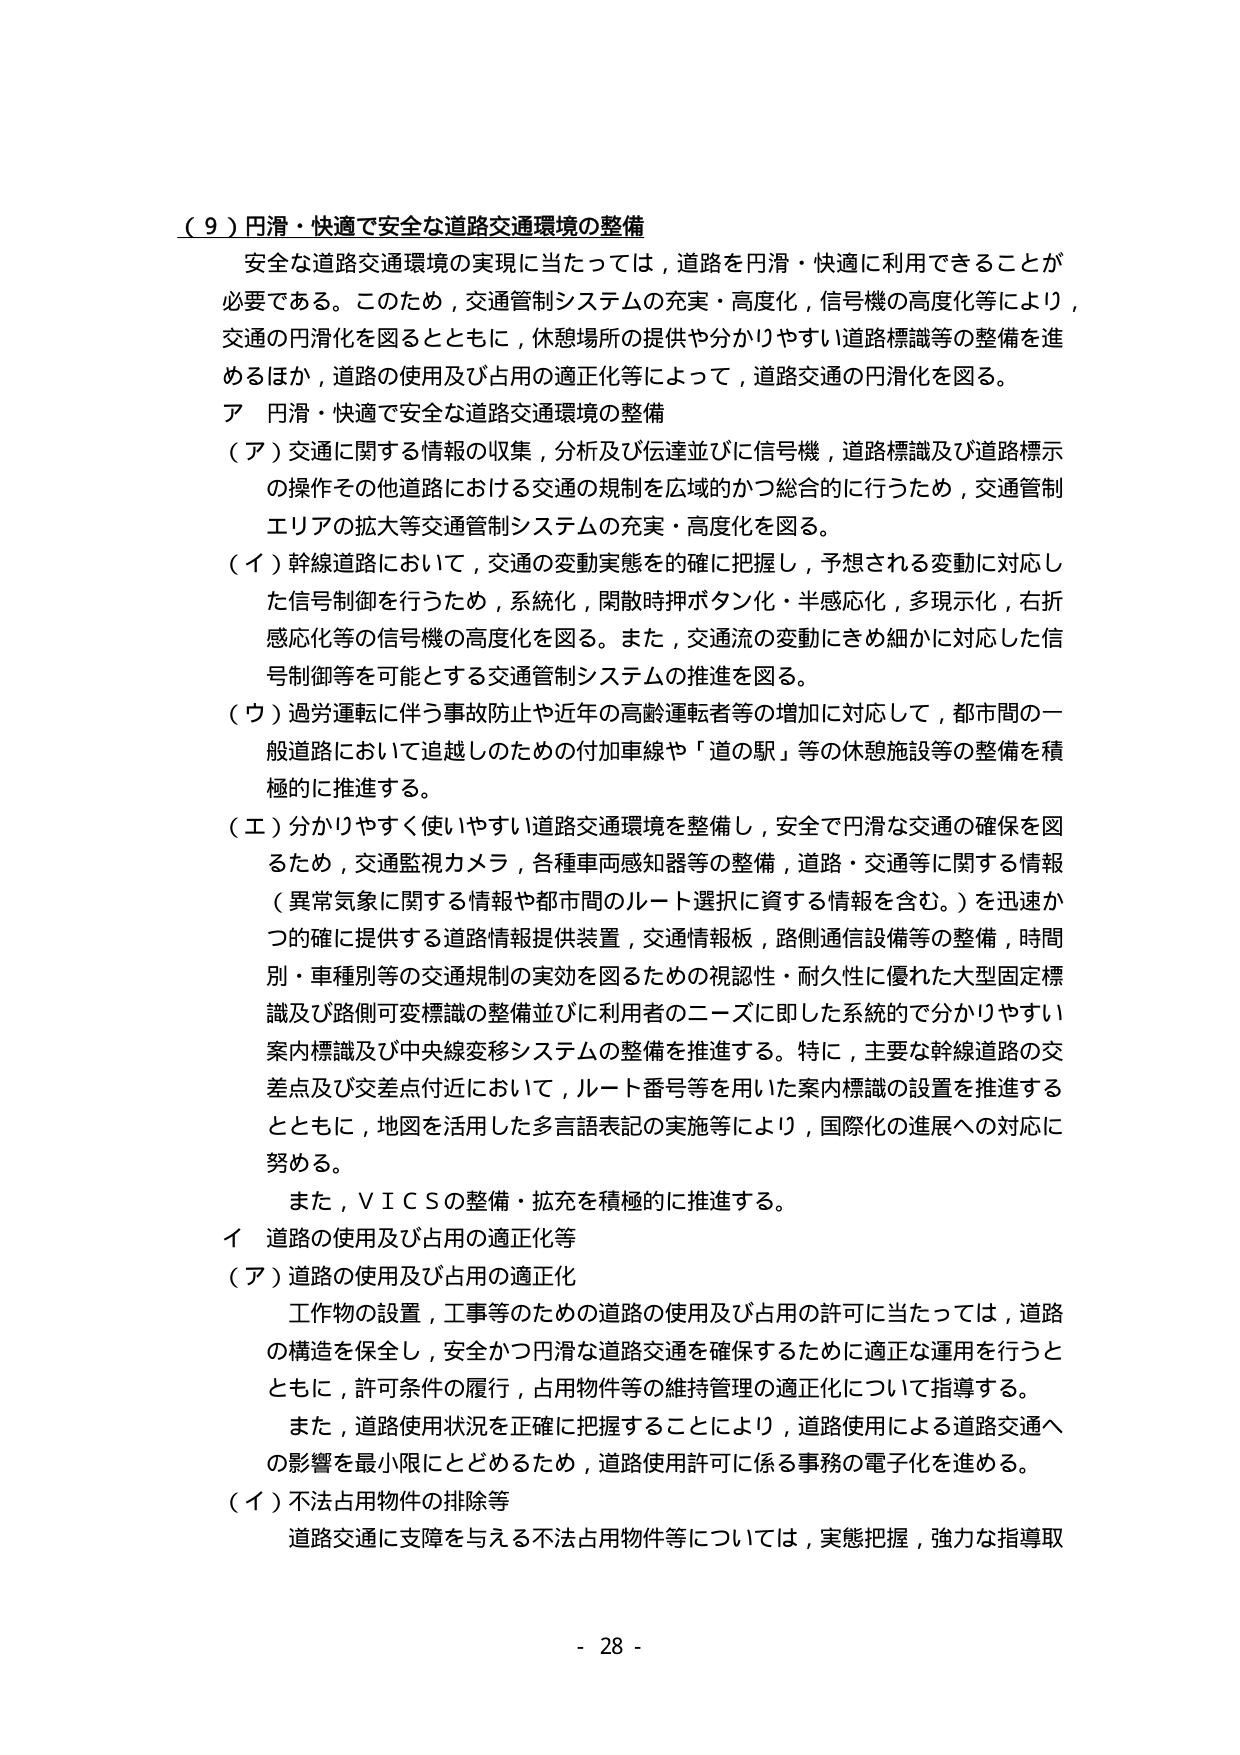
（９）円滑・快適で安全な道路交通環境の整備
安全な道路交通環境の実現に当たっては，道路を円滑・快適に利用できることが必要である。このため，交通管制システムの充実・高度化，信号機の高度化等により，交通の円滑化を図るとともに，休憩場所の提供や分かりやすい道路標識等の整備を進めるほか，道路の使用及び占用の適正化等によって，道路交通の円滑化を図る。
ア 円滑・快適で安全な道路交通環境の整備
（ア）交通に関する情報の収集，分析及び伝達並びに信号機，道路標識及び道路標示の操作その他道路における交通の規制を広域的かつ総合的に行うため，交通管制エリアの拡大等交通管制システムの充実・高度化を図る。
（イ）幹線道路において，交通の変動実態を的確に把握し，予想される変動に対応した信号制御を行うため，系統化，閑散時押ボタン化・半感応化，多現示化，右折感応化等の信号機の高度化を図る。また，交通流の変動にきめ細かに対応した信号制御等を可能とする交通管制システムの推進を図る。
（ウ）過労運転に伴う事故防止や近年の高齢運転者等の増加に対応して，都市間の一般道路において追越しのための付加車線や「道の駅」等の休憩施設等の整備を積極的に推進する。
（エ）分かりやすく使いやすい道路交通環境を整備し，安全で円滑な交通の確保を図るため，交通監視カメラ，各種車両感知器等の整備，道路・交通等に関する情報（異常気象に関する情報や都市間のルート選択に資する情報を含む。）を迅速かつ的確に提供する道路情報提供装置，交通情報板，路側通信設備等の整備，時間別・車種別等の交通規制の実効を図るための視認性・耐久性に優れた大型固定標識及び路側可変標識の整備並びに利用者のニーズに即した系統的で分かりやすい案内標識及び中央線変移システムの整備を推進する。特に，主要な幹線道路の交差点及び交差点付近において，ルート番号等を用いた案内標識の設置を推進するとともに，地図を活用した多言語表記の実施等により，国際化の進展への対応に努める。
また，ＶＩＣＳの整備・拡充を積極的に推進する。
イ 道路の使用及び占用の適正化等
（ア）道路の使用及び占用の適正化
工作物の設置，工事等のための道路の使用及び占用の許可に当たっては，道路の構造を保全し，安全かつ円滑な道路交通を確保するために適正な運用を行うとともに，許可条件の履行，占用物件等の維持管理の適正化について指導する。
また，道路使用状況を正確に把握することにより，道路使用による道路交通への影響を最小限にとどめるため，道路使用許可に係る事務の電子化を進める。
（イ）不法占用物件の排除等
道路交通に支障を与える不法占用物件等については，実態把握，強力な指導取
- 28 -